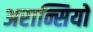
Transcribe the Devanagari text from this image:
अरान्सियो